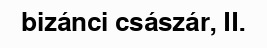
bizánci császár, II.